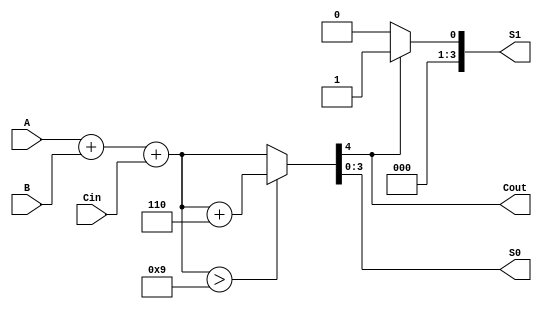
module BCD_Redundant_Binary_Adder (
    input [3:0] A,      // BCD input A
    input [3:0] B,      // BCD input B
    input Cin,          // Carry-in
    output reg [3:0] S0, // Lower BCD digit output
    output reg [3:0] S1, // Higher BCD digit output
    output reg Cout      // Carry-out
);

    wire [4:0] sum;      // 5-bit sum for BCD addition
    wire [4:0] corrected_sum; // Corrected sum after BCD adjustment
    wire correction_needed; // Flag to indicate if correction is needed

    // Step 1: Binary Addition
    assign sum = A + B + Cin;

    // Step 2: BCD Correction Logic
    // Check if the sum exceeds 9 (1001 in binary)
    assign correction_needed = sum > 9;

    // If correction is needed, add 6 (0110 in binary)
    assign corrected_sum = correction_needed ? (sum + 5'd6) : sum;

    // Step 3: Output Assignment
    always @(*) begin
        // Assign the lower and higher BCD digits
        S0 = corrected_sum[3:0]; // Lower 4 bits
        S1 = corrected_sum[4] ? 4'b0001 : 4'b0000; // Higher digit (carry)
        Cout = corrected_sum[4]; // Carry-out if the 5th bit is set
    end

endmodule